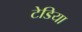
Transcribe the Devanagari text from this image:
टेडिया